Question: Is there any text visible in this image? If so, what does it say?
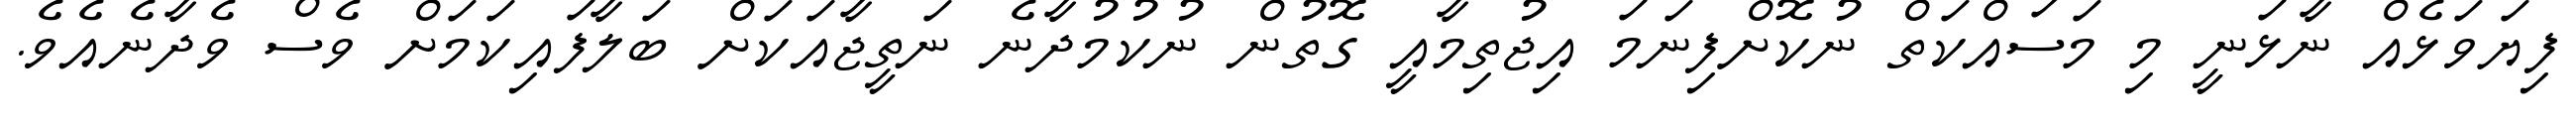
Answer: ފިޔަވަޅެއް ނާޅަނީ މި މަސައްކަތް ނުކޮށްފިނަމަ އިޖުތިމާއީ ގޮތުން ނުކުމުދާނެ ނަތީޖާއަކަށް ބަލާފައިކަމަށް ވެސް ވެދާނެއެވެ.